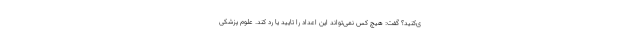
ی‌کنید؟ گفت: هیچ کس نمی‌تواند این اعداد را تایید یا رد کند. علوم پزشکی